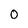
Character: 0